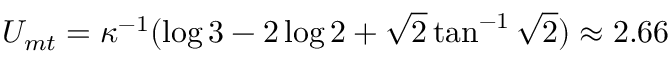
U _ { m t } = \kappa ^ { - 1 } ( \log 3 - 2 \log 2 + \sqrt { 2 } \tan ^ { - 1 } \sqrt 2 ) \approx 2 . 6 6